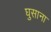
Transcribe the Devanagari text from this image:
घुसाना